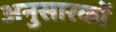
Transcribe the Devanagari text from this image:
अनुसारकों